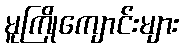
မူကြိုကျောင်းများ